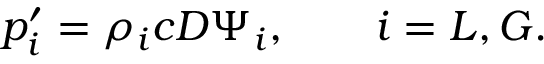
p _ { i } ^ { \prime } = \rho _ { i } c D \Psi _ { i } , \qquad i = L , G .